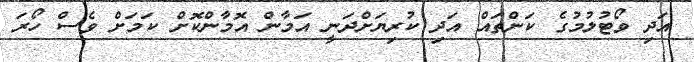
އަދި ވޯޓުލުމުގެ ކަންތައް އަދި ކުރިޔަށްދަނީ އަމާން އޮމާންކޮށް ކަމަށް ވެސް ހޯރަ